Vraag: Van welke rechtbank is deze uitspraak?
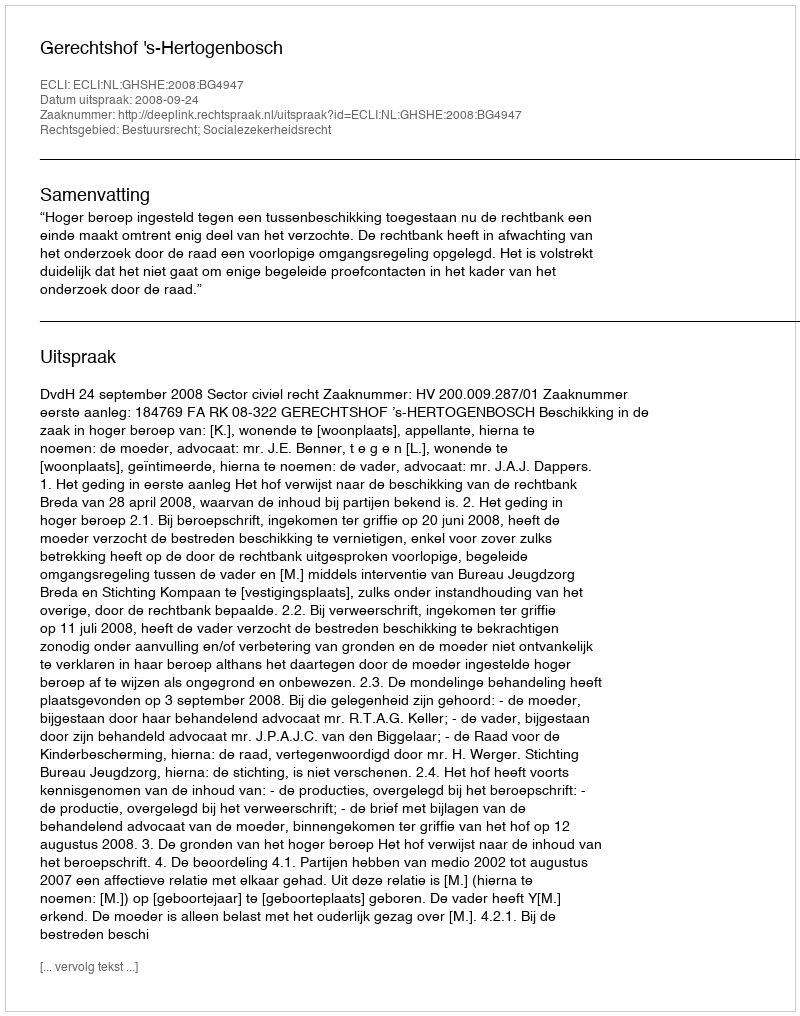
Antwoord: Gerechtshof 's-Hertogenbosch